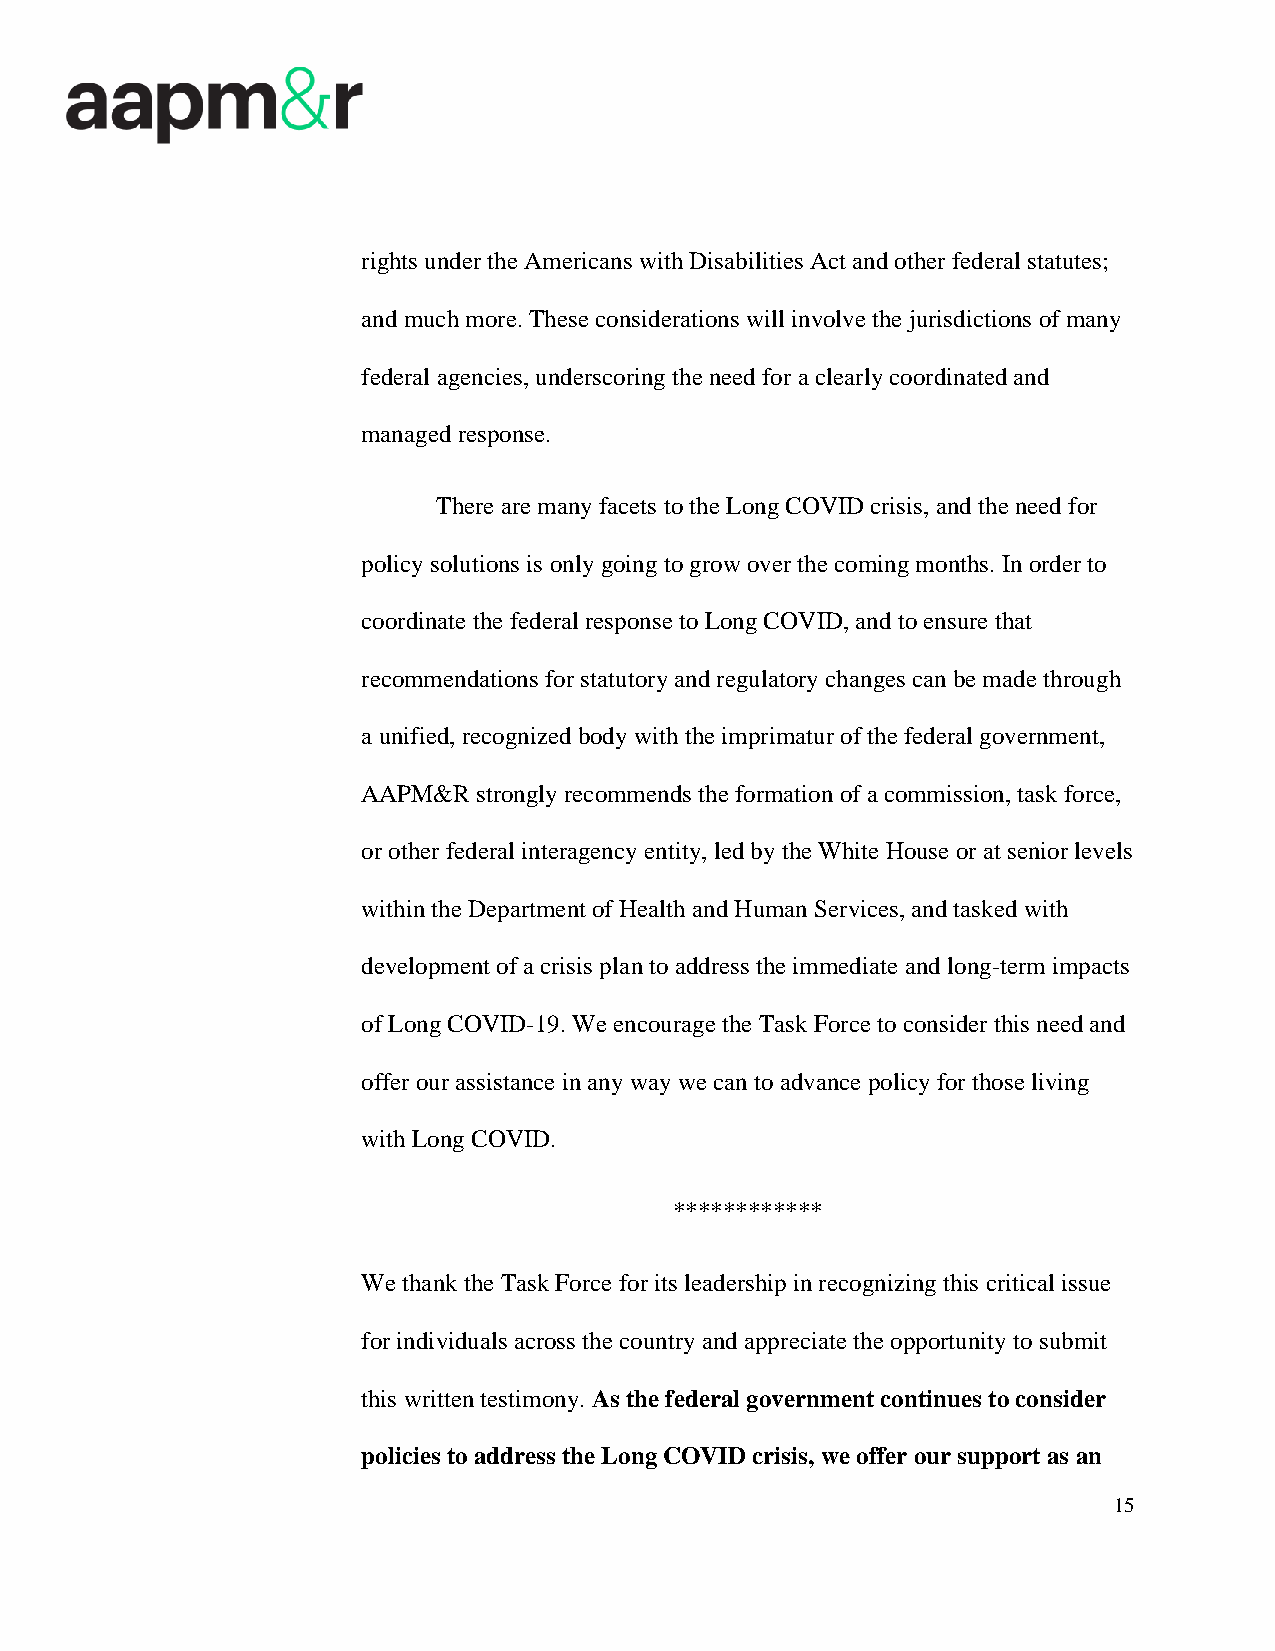
rights under the Americans with Disabilities Act and other federal statutes;
 and much more. These considerations will involve the jurisdictions of many
 federal agencies, underscoring the need for a clearly coordinated and
 managed response.
 There are many facets to the Long COVID crisis, and the need for
 policy solutions is only going to grow over the coming months. In order to
 coordinate the federal response to Long COVID, and to ensure that
 recommendations for statutory and regulatory changes can be made through
 a unified, recognized body with the imprimatur of the federal government,
 AAPM&R  strongly recommends the formation of a commission, task force,
 or other federal interagency entity, led by the White House or at senior levels
 within the Department of Health and Human Services, and tasked with
 development of a crisis plan to address the immediate and long-term impacts
 of Long COVID-19. We encourage the Task Force to consider this need and
 offer our assistance in any way we can to advance policy for those living
 with Long COVID.
 ************
 We thank the Task Force for its leadership in recognizing this critical issue
 for individuals across the country and appreciate the opportunity to submit
 this written testimony. As the federal government continues to consider
 policies to address the Long COVID crisis, we offer our support as an
 15